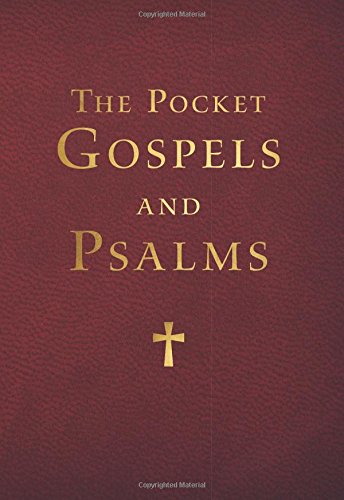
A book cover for The Pocket Gospels and Psalms; Our Sunday Visitor; Christian Books & Bibles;